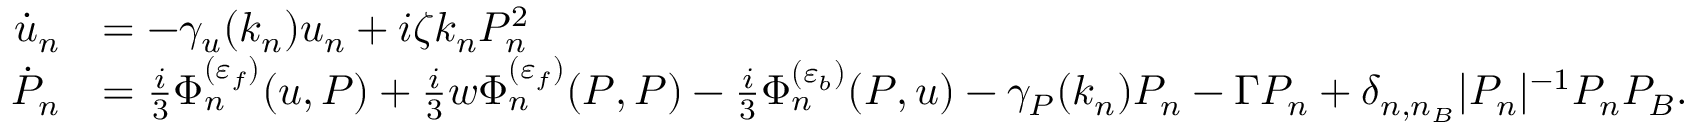
\begin{array} { r l } { \dot { u } _ { n } } & { = - \gamma _ { u } ( k _ { n } ) u _ { n } + i \zeta k _ { n } P _ { n } ^ { 2 } } \\ { \dot { P } _ { n } } & { = \frac { i } { 3 } \Phi _ { n } ^ { ( \varepsilon _ { f } ) } ( u , P ) + \frac { i } { 3 } w \Phi _ { n } ^ { ( \varepsilon _ { f } ) } ( P , P ) - \frac { i } { 3 } \Phi _ { n } ^ { ( \varepsilon _ { b } ) } ( P , u ) - \gamma _ { P } ( k _ { n } ) P _ { n } - \Gamma P _ { n } + \delta _ { n , n _ { B } } | P _ { n } | ^ { - 1 } P _ { n } P _ { B } . } \end{array}